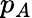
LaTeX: p_{A}